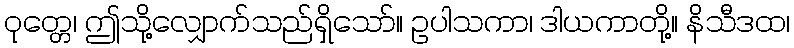
ဝုတ္တေ၊ ဤသို့လျှောက်သည်ရှိသော်။ ဥပါသကာ၊ ဒါယကာတို့။ နိသီဒထ၊